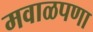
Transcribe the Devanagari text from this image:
मवाळपणा